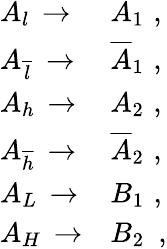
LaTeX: \begin{array}{ll}{{A_{l}\, \rightarrow}}&{{A_{1}\, \, ,}}\\ {{A_{\overline{{{l}}}}\, \rightarrow}}&{{\overline{{{A}}}_{1}\, \, ,}}\\ {{A_{h}\, \rightarrow}}&{{A_{2}\, \, ,}}\\ {{A_{\overline{{{h}}}}\, \rightarrow}}&{{\overline{{{A}}}_{2}\, \, ,}}\\ {{A_{L}\, \rightarrow}}&{{B_{1}\, \, ,}}\\ {{A_{H}\, \rightarrow}}&{{B_{2}\, \, \, ,}}\end{array}